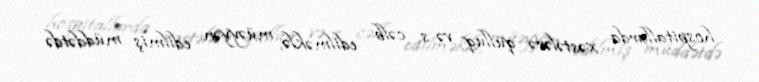
hospitallarda xəstələrə qulluq və s. cəlb edilməklə, müəyyən edilmiş müddətdə